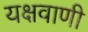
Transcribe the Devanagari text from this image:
यक्षवाणी